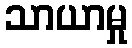
သာယာမှု